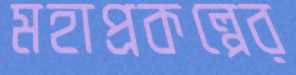
মহাপ্রকল্পের